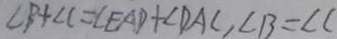
\angle B + \angle C = \angle E A D + \angle D A C , \angle B = \angle C